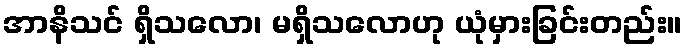
အာနိသင် ရှိသလော၊ မရှိသလောဟု ယုံမှားခြင်းတည်း။